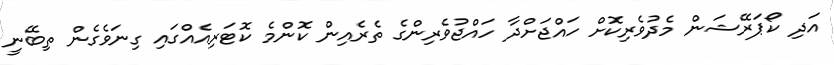
އަދި ކޯޕަރޭޝަން މެދުވެރިކޮށް ހައްޖަށްދާ ހައްޖުވެރިންގެ ތެރެއިން ކޮންމެ ކޮޓަރިއެއްގައި ގިނަވެގެން ތިބޭނީ